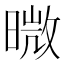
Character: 𭧊